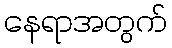
နေရာအတွက်